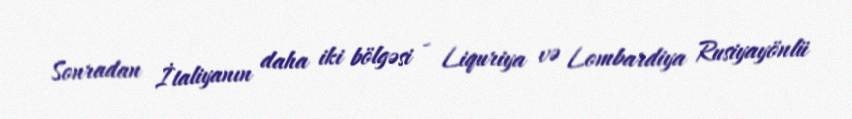
Sonradan İtaliyanın daha iki bölgəsi - Liquriya və Lombardiya Rusiyayönlü